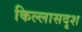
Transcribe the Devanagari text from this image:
किल्लासदृश